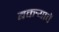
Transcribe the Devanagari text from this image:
बकर्‍याचें